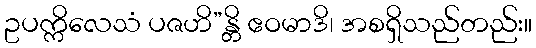
ဥပက္ကိလေသံ ပဇဟိ”န္တိ ဧဝမာဒိ၊ အစရှိသည်တည်း။